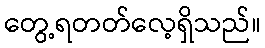
တွေ့ရတတ်လေ့ရှိသည်။